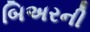
બિઅરની